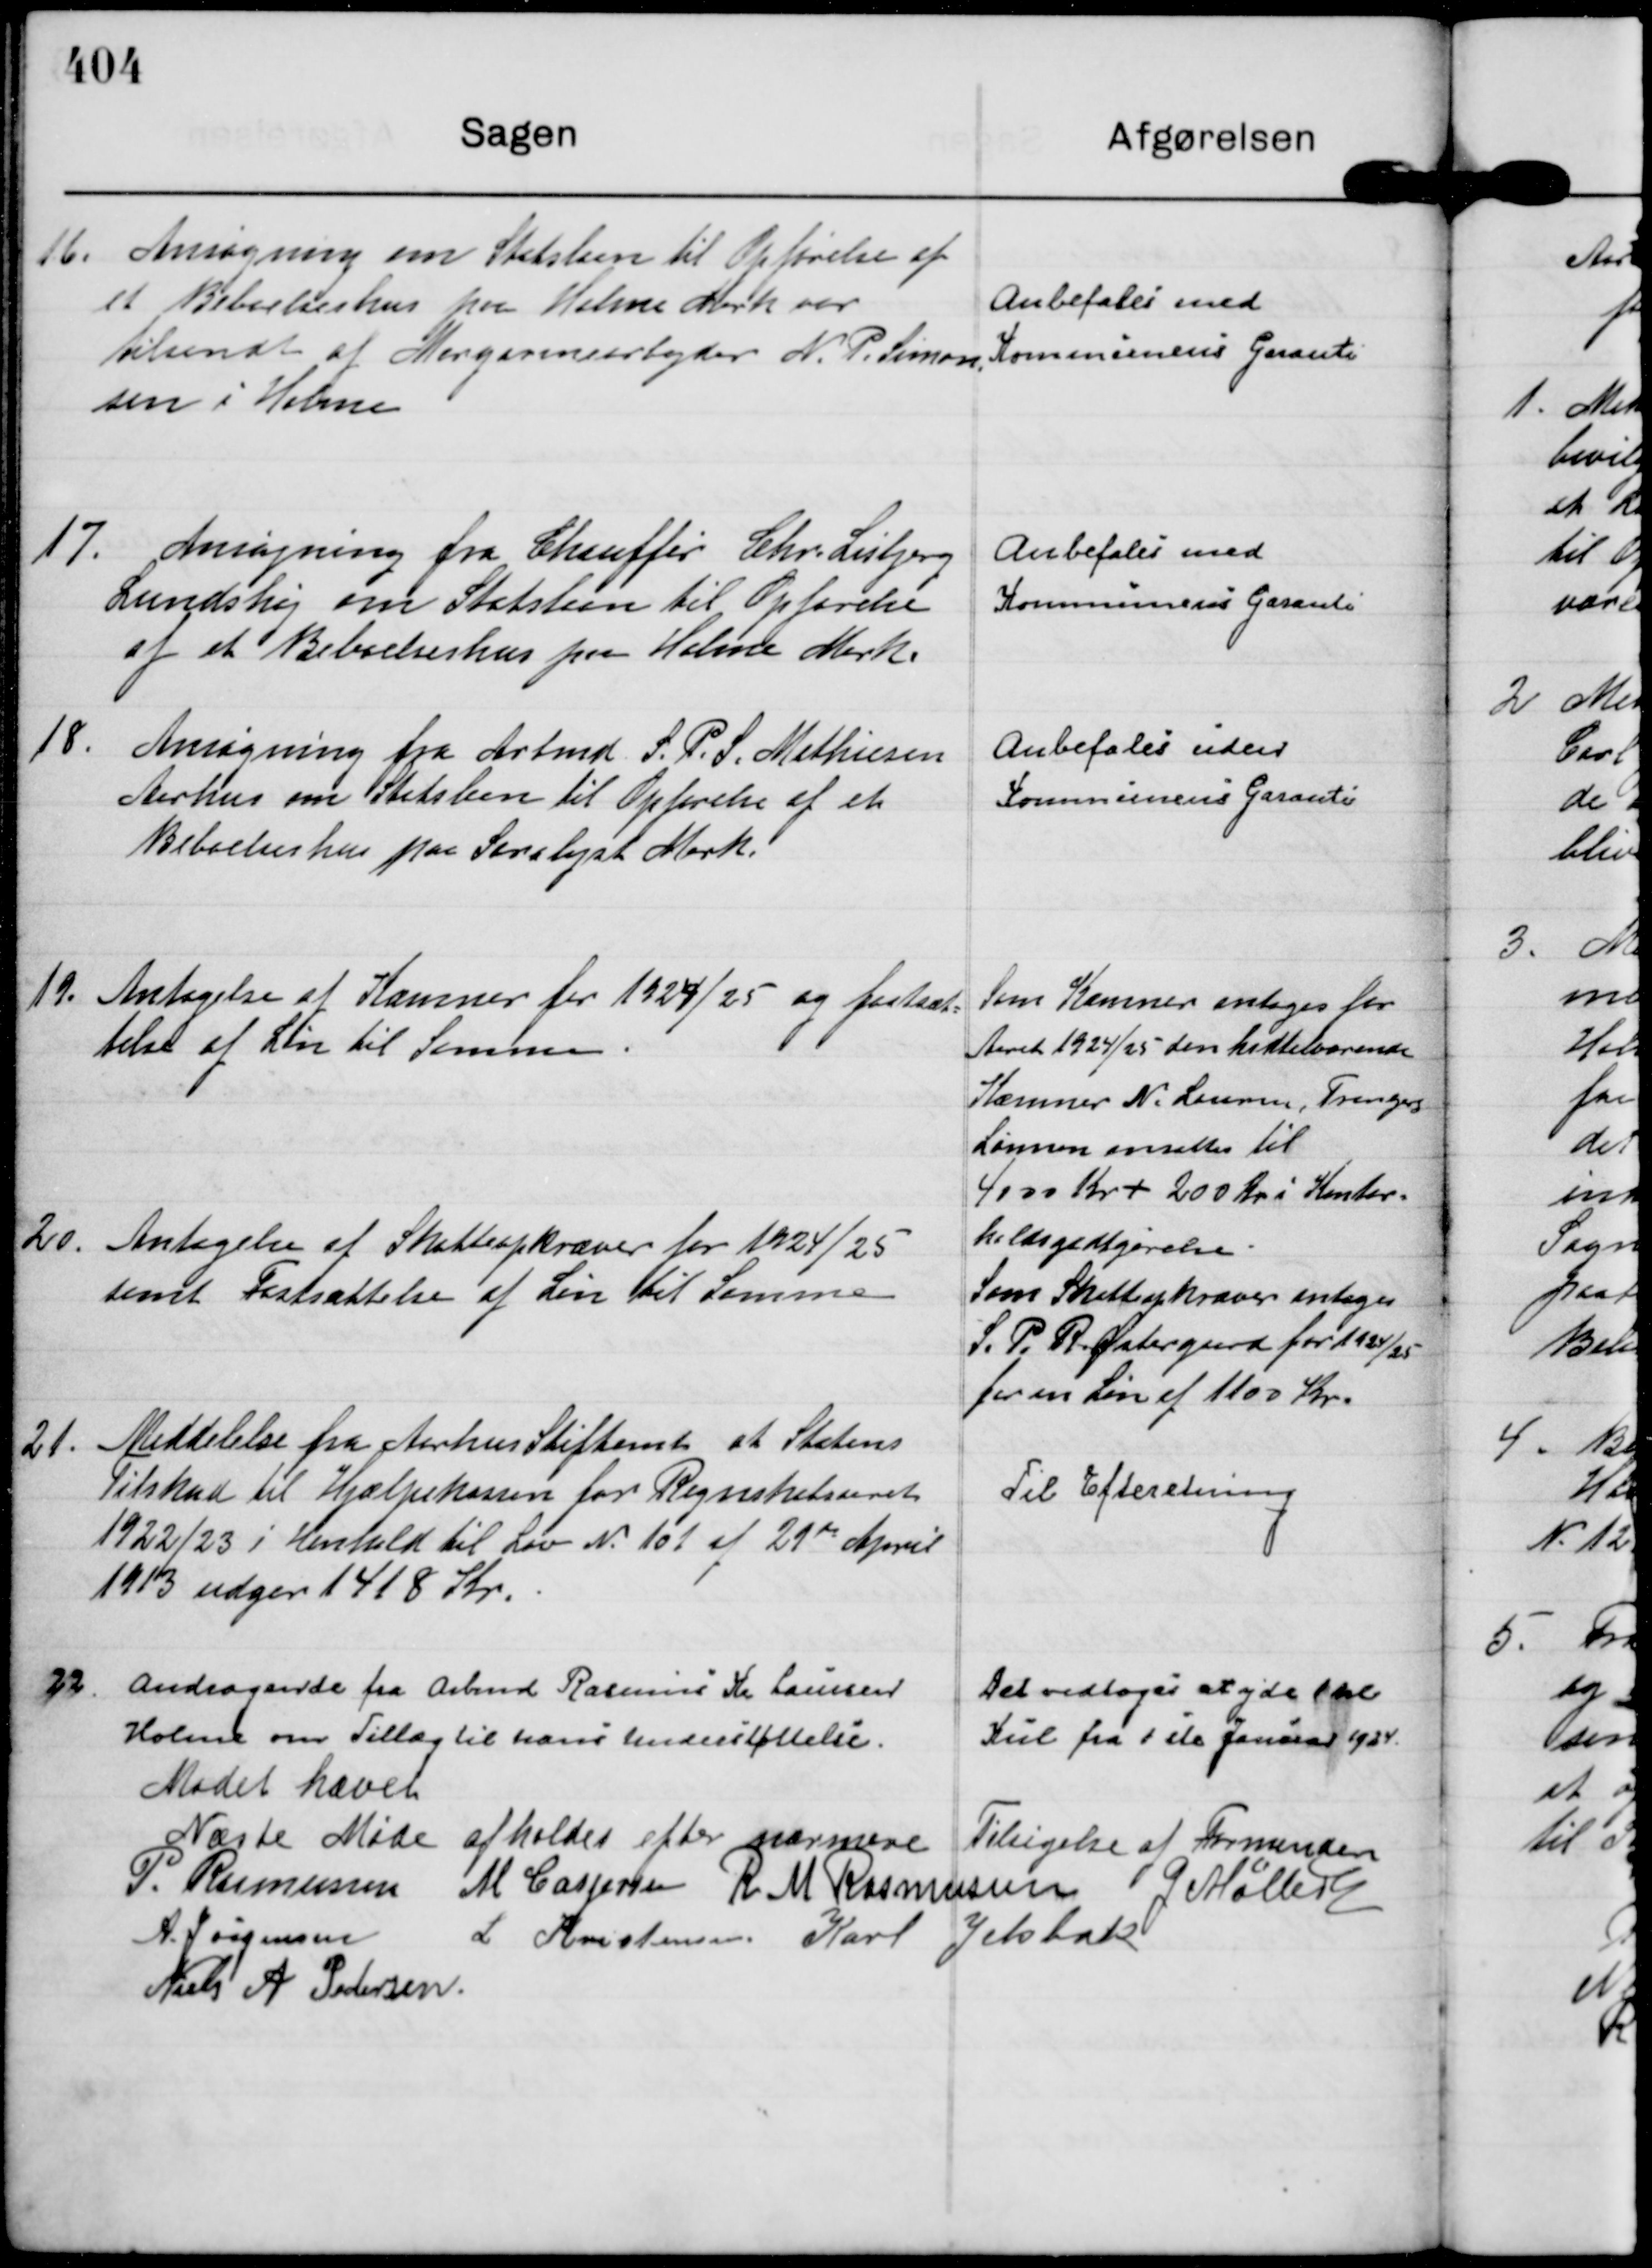
Transskription:
16. 
Ansøgning om Statslaan til Opførelse af
et Beboelseshus paa Holme Mark var
tilsendt af Margarinearbejder N. P. Simon=
sen i Holme

Anbefales med
Kommunens Garanti

17.
Ansøgning fra Chauffør Chr. Lisbjerg
Lundshøj om Statslaan til Opførelse
af et Beboelseshus paa Holme Mark.

Anbefales med
Kommunens Garanti

18.
Ansøgning fra Arbmd. S. P. S. Mathiesen
Aarhus om Statslaan til Opførelse af et 
Beboelseshus paa Saralysr Mark.

Anbefales uden
Kommunens Garanti

19.
Antagelse af Kæmner for 1924/25 og fastsæt=
telse af Løn til Samme.

Som Kæmner antoges for
Aaret 1924/1925 den tidtilværende
Kæmner N. Laurus, Tranbjerg
Lønnen ansættes til
4000 Kr + 200 Kr i Kontor=
holdsgodtgørelse.

20.
Antagelse af Skatteopkræver for 1924/25
samt Fastsættelse af Løn til Samme

Som Skatteopkræver antages
S. P. R. Østergaard for 1924/25
for en Løn af 1100 Kr.

21.
Meddelelse fra Aarhus Stiftamt at Statens
Tilskud til Hjælpekassen for Regnskabsaaret
1922/23 i Henhold til Lov N. 101 af 21 de April
1913 udger 1418 Kr.

Til Efteretning

22.
Andragende fra Arbmd Rasmus Kr Laursen
Holme om Tillæg til hans Understøttelse.

Det vedtoges at yde 1 hl
Kul fra 1 ste Januar 1924.

Mødet hævet
Næste Møde afholdes efter nærmere Tilsigelse af Formanden 
P. Rasmussen
M Caspersen
R M Rasmussen
G Møller
A. Jørgensen
L Kristensen.
Karl Jelsbak
Niels A Pedersen.